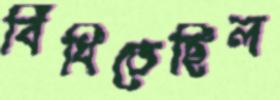
বিঁধিতেছিল